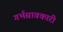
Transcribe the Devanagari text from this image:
गर्भस्रावकारी